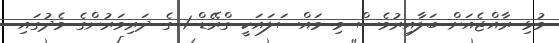
މުޅި ރާއްޖެއަށް ބަލާއިރުވެސް މި މައްސަލައަކީ ގްރޭޑް 1 ގެ ދަރިވަރުންގެ މެދުގައި